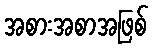
အစားအစာအဖြစ်